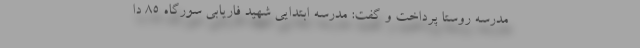
مدرسه روستا پرداخت و گفت: مدرسه ابتدایی شهید فاریابی سورگاه ۸۵ دا